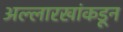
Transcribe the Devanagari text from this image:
अल्लारखांकडून